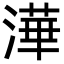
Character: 澕